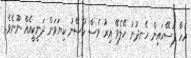
އެހާ ފަސޭހައިން ހެނދުނު ހޭލެވޭ އިރު ވެސް ހުސޭނު ކިޔަވަން ދަނީކީއެއް ނޫނެވެ.